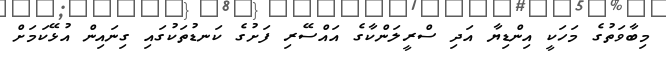
މިބާވަތުގެ މަހަކީ އިންޑިޔާ އަދި ސްރީލަންކާގެ އައްސޭރި ފަށުގެ ކަނޑުތަކުގައި ގިނައިން އުޅޭކަމަށް